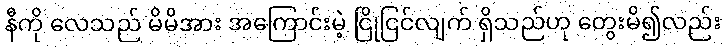
နီကို လေသည် မိမိအား အကြောင်းမဲ့ ငြိုငြင်လျက် ရှိသည်ဟု တွေးမိ၍လည်း